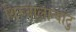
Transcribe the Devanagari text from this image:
थिरुवालान्याटु